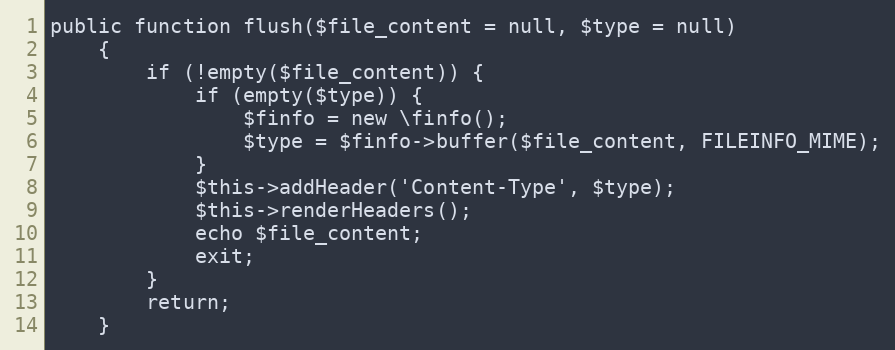
Language: PHP
public function flush($file_content = null, $type = null)
    {
        if (!empty($file_content)) {
            if (empty($type)) {
                $finfo = new \finfo();
                $type = $finfo->buffer($file_content, FILEINFO_MIME);
            }
            $this->addHeader('Content-Type', $type);
            $this->renderHeaders();
            echo $file_content;
            exit;
        }
        return;
    }